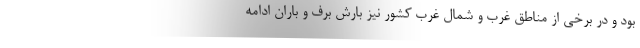
بود و در برخی از مناطق غرب و شمال غرب کشور نیز بارش برف و باران ادامه